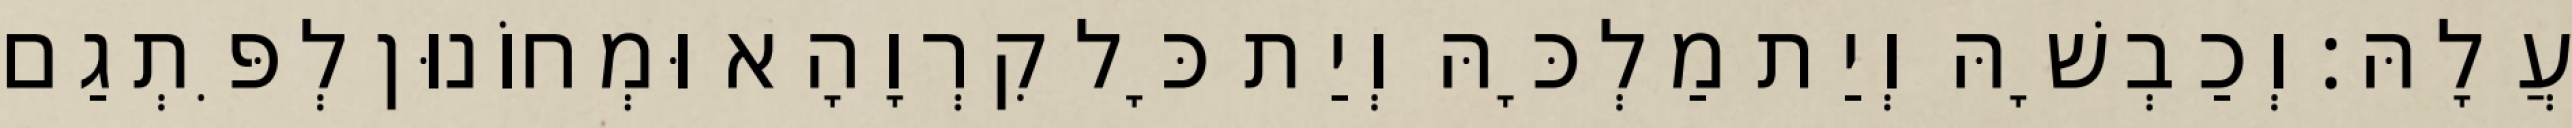
עֲלָהּ׃ וְכַבְשָׁהּ וְיַת מַלְכָּהּ וְיַת כָּל קִרְוָהָא וּמְחוֹנוּן לְפִּתְגַם